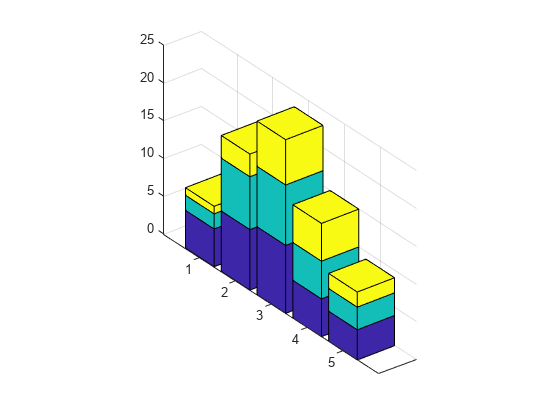
matlab, bar3